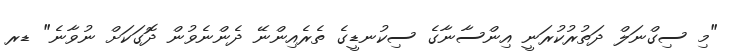
"މި ސިގްނަލް ދަތުރުކުރަނީ އިންސާނާގެ ސިކުނޑީގެ ތެރެއިންނޭ ދެންނެވުން ދޮގަކަށް ނުވާނެ" ޑރ